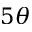
5 \theta